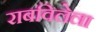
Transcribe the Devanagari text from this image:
राबविलेला